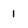
Character: 1